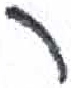
אות: ר